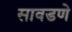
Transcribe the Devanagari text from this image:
सावडणे